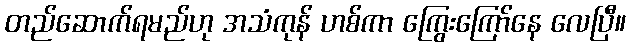
တည်ဆောက်ရမည်ဟု အသံကုန် ဟစ်ကာ ကြွေးကြော်နေ လေပြီ။